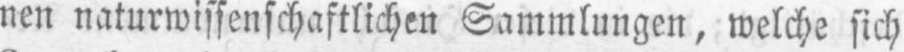
nen naturwissenschaftlichen Sammlungen, welche sich